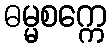
ဓမ္မစက္ကေ